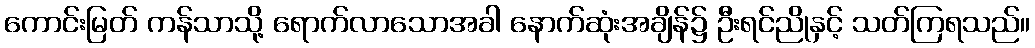
ကောင်းမြတ် ကန်သာသို့ ရောက်လာသောအခါ နောက်ဆုံးအချိန်၌ ဦးရင်ညိုနှင့် သတ်ကြရသည်။